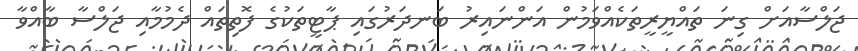
ޖަލްސާއަށް ގިނަ ތައްޔީރީތަކެއްވަމުން އަންނައިރު ބަނދަރުގައި ޕާޓީތަކުގެ ފޮތިތައް ދެމުމާއި ޖަލްސާ ބާއްވާ